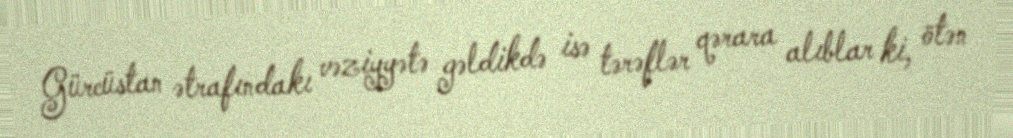
Gürcüstan ətrafındakı vəziyyətə gəldikdə isə tərəflər qərara alıblar ki, ötən